Report on horse surra - Volume I
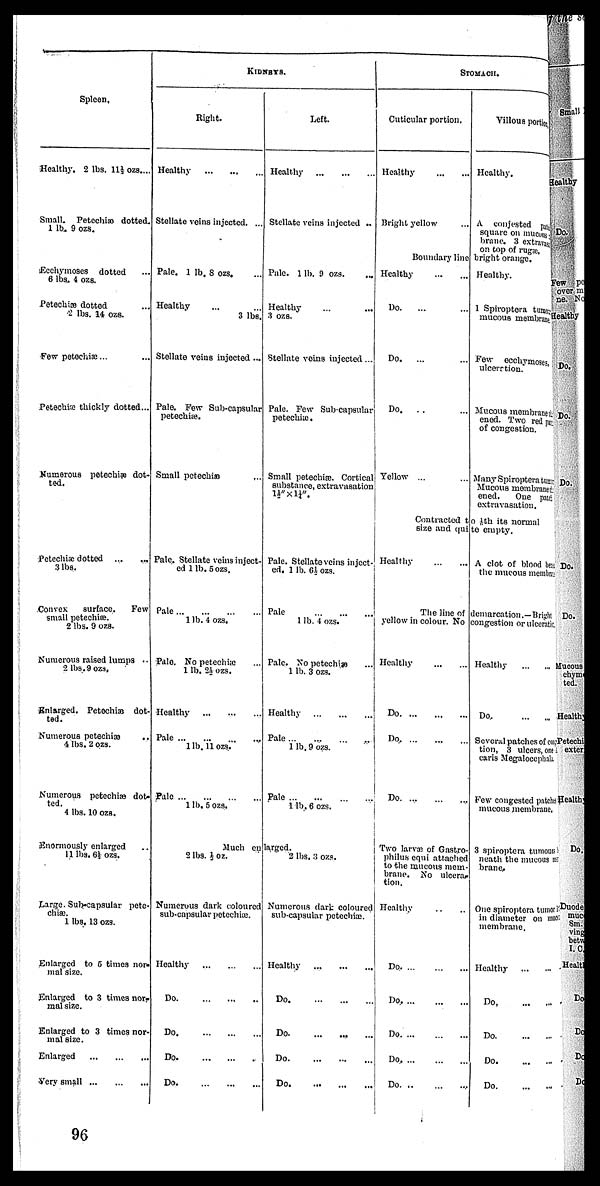
Spleen.
Healthy. 2 lbs. 11½ ozs...
Small Petechiæ dotted.
1 lb, 9 ozs.
Ecchymoscs dotted
6 lbs, 4 ozs.
Petechia dotted
2 lbs. 14 ozs.
'Few petechiæ...
Petechiæ thickly dotted...
Numerous petechiæ dot-
ted.
Petechiæ dotted ...
..„
3 lbs.
Convex
surface.
Few
small petechia.
2 lbs. 9 ozs.
Numerous raised lumps ...
2 lbs.9 ozs,
Enlarged. Petechia dot-
ted.
Numerous
petechiæ ...
4 lbs. 2 ozs.
Numerous petechiæ dot-
ted.
4 lbs. 10 ozs.
Enormously enlarged
11 lbs. 6½ ozs.
Large. Sub-capsular pete-
chiæ.
1 lbs. 13 ozs.
Enlarged to 5 times nor-
mal size.
Enlarged to 3 times nor-
mal size.
Enlarged to 3 times noi
mal size.
Enlarged
Very small
KIDNEYS.
Right.
Healthy
...
...
...
Stellate veins injected. ...
Pale. 1 lb. 8 ozs.
Healthy
3 lbs.
Stellate veins injected ...
Pale. Few Sub-capsular
petechiæ.
Small petechiæ
Pale. Stellate veins inject-
ed 1 lb. 5 ozs.
Pale
1 lb. 4 ozs.
Pale. No petechiæ
1 lb. 2½ ozs.
Healthy
Pale
1 lb. 11 ozs.
Pale
1 lb. 5 ozs.
Much en
3 lbs.1/3oz.
Numerous dark coloured
sub-capsular petechiæ.
Healthy
Do.
Do.
Do.
Do.
Left.
Healthy
...
...
...
Stellate veins injected ...
Pule. 1 lb. 9 ozs.
...
Healthy
3 ozs.
Stellate veins injected...
Pale. Few Sub-capsular
petechiæ.
Small petechiæ. Cortical
substance, extravasation
1½"x l¼".
Pale. Stellate veins inject-
ed. 1 lb. 6.½ ozs.
Pale
1 lb. 4 ozs.
Pale, No petechiæ
1 lb. 3 ozs.
Healthy
Pale
1 lb. 9 ozs.
Pale
1 lb, 6 ozs.
larged.
2 lbs. 3 ozs.
Numerous dark coloured
sub-capsular petechiæ.
Healthy
...
Do
Do.
...
....
Do
Do
STOMACH.
Cuticular portion.
Healthy ... ...
Bright yellow ...
Boundary line
Healthy ... ...
Do.
... ...
Do.
... ...
Do. ... ...
Yellow ...
Contracted t
size and qui
Healthy
The line of
yellow in colour. No
Healthy ... ... ...
Do.
...
...
...
Do. ... ... ...
Do. ... ... ...
Two larvae of Gastro
philus equi attached
to the mucous mem
brane. No ulcerai
tion.
Healthy
Do
Do
Do
Do
Do
Villous portion.
Healthy.
A conjfsted pat
square on mucous-
brane. 3 extravas
on top of rugæ,
bright orange.
Healthy.
1 Spiroptera tumos
mucous membram
Few ecchymoses,
ulcere tion.
Mucous membraneti
ened. Two red pc
of congestion.
Many Spiroptera turn
Mucous morabranefc
ened.
One patd
extravasation.
o Jth its normal
te empty.
A clot of blond bee
the mucous membra
demarcation .—Bright
congestion or ulceraties
Healthy ... ... ...
Do. ... ... ...
Several patches of WE
tion, 3 ulcers, one
caris Megalocephal
Few congested patchs
mucous membrane,
- 3 spiroptera turnouts i
neath the mucous me
brane.
One spiroptera tumor 1!
in diameter on mod"
membrane.
Healthy
Do.
Do.
Do.
Do.
96